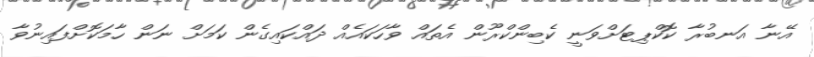
އޭނާ އަނބުރާ ކޮކްޕިޓަށްވަނީ ކެބިންކްރޫން އެތައް ވާހަކައެއް ދައްކައިގެން ކަމަށް ނަން ހާމަކޮށްފައިނުވާ